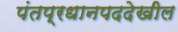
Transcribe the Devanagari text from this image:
पंतप्रधानपददेखील